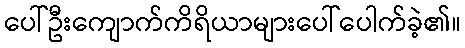
ပေါ်ဦးကျောက်ကိရိယာများပေါ်ပေါက်ခဲ့၏။